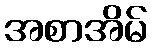
အစာအိမ်